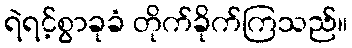
ရဲရင့်စွာခုခံ တိုက်ခိုက်ကြသည်။